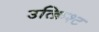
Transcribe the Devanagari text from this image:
उत्क्रिश्ट